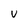
Character: V